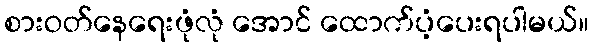
စားဝတ်နေရေးဖုံလုံ အောင် ထောက်ပံ့ပေးရပါမယ်။